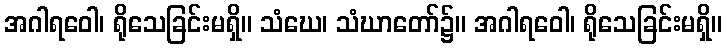
အဂါရဝေါ၊ ရိုသေခြင်းမရှိ။ သံဃေ၊ သံဃာတော်၌။ အဂါရဝေါ၊ ရိုသေခြင်းမရှိ။